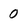
Character: 0